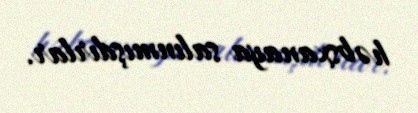
həbsxanaya salınmışdırlar.